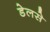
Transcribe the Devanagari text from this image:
डेलसे